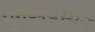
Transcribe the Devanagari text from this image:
पुनर्व्यवस्थन